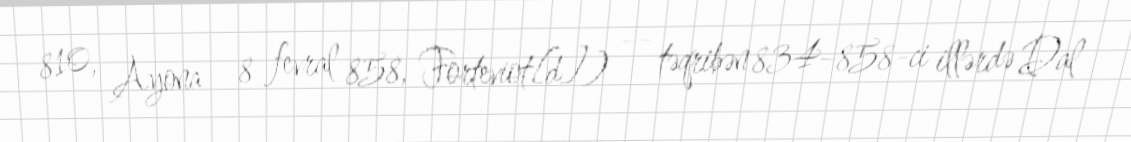
810, Ayona – 8 fevral 858, Forteviot[d]) — təqribən 834–858-ci illərdə Dal